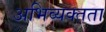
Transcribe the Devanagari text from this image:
अभिव्यक्तता